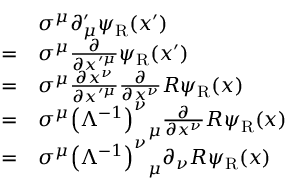
{ \begin{array} { r l } & { \sigma ^ { \mu } \partial _ { \mu } ^ { \prime } \psi _ { \mathrm { { R } } } ( x ^ { \prime } ) } \\ { = } & { \sigma ^ { \mu } { \frac { \partial } { \partial x ^ { \prime \mu } } } \psi _ { \mathrm { { R } } } ( x ^ { \prime } ) } \\ { = } & { \sigma ^ { \mu } { \frac { \partial x ^ { \nu } } { \partial x ^ { \prime \mu } } } { \frac { \partial } { \partial x ^ { \nu } } } R \psi _ { \mathrm { { R } } } ( x ) } \\ { = } & { \sigma ^ { \mu } { \left( \Lambda ^ { - 1 } \right) ^ { \nu } } _ { \mu } { \frac { \partial } { \partial x ^ { \nu } } } R \psi _ { \mathrm { { R } } } ( x ) } \\ { = } & { \sigma ^ { \mu } { \left( \Lambda ^ { - 1 } \right) ^ { \nu } } _ { \mu } \partial _ { \nu } R \psi _ { \mathrm { { R } } } ( x ) } \end{array} }